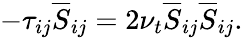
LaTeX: -\tau_{ij}\overline{{S}}_{ij}=2\nu_{t}\overline{{S}}_{ij}\overline{{S}}_{ij}.